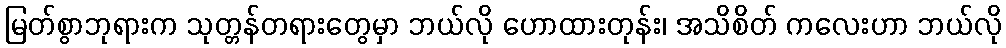
မြတ်စွာဘုရားက သုတ္တန်တရားတွေမှာ ဘယ်လို ဟောထားတုန်း၊ အသိစိတ် ကလေးဟာ ဘယ်လို